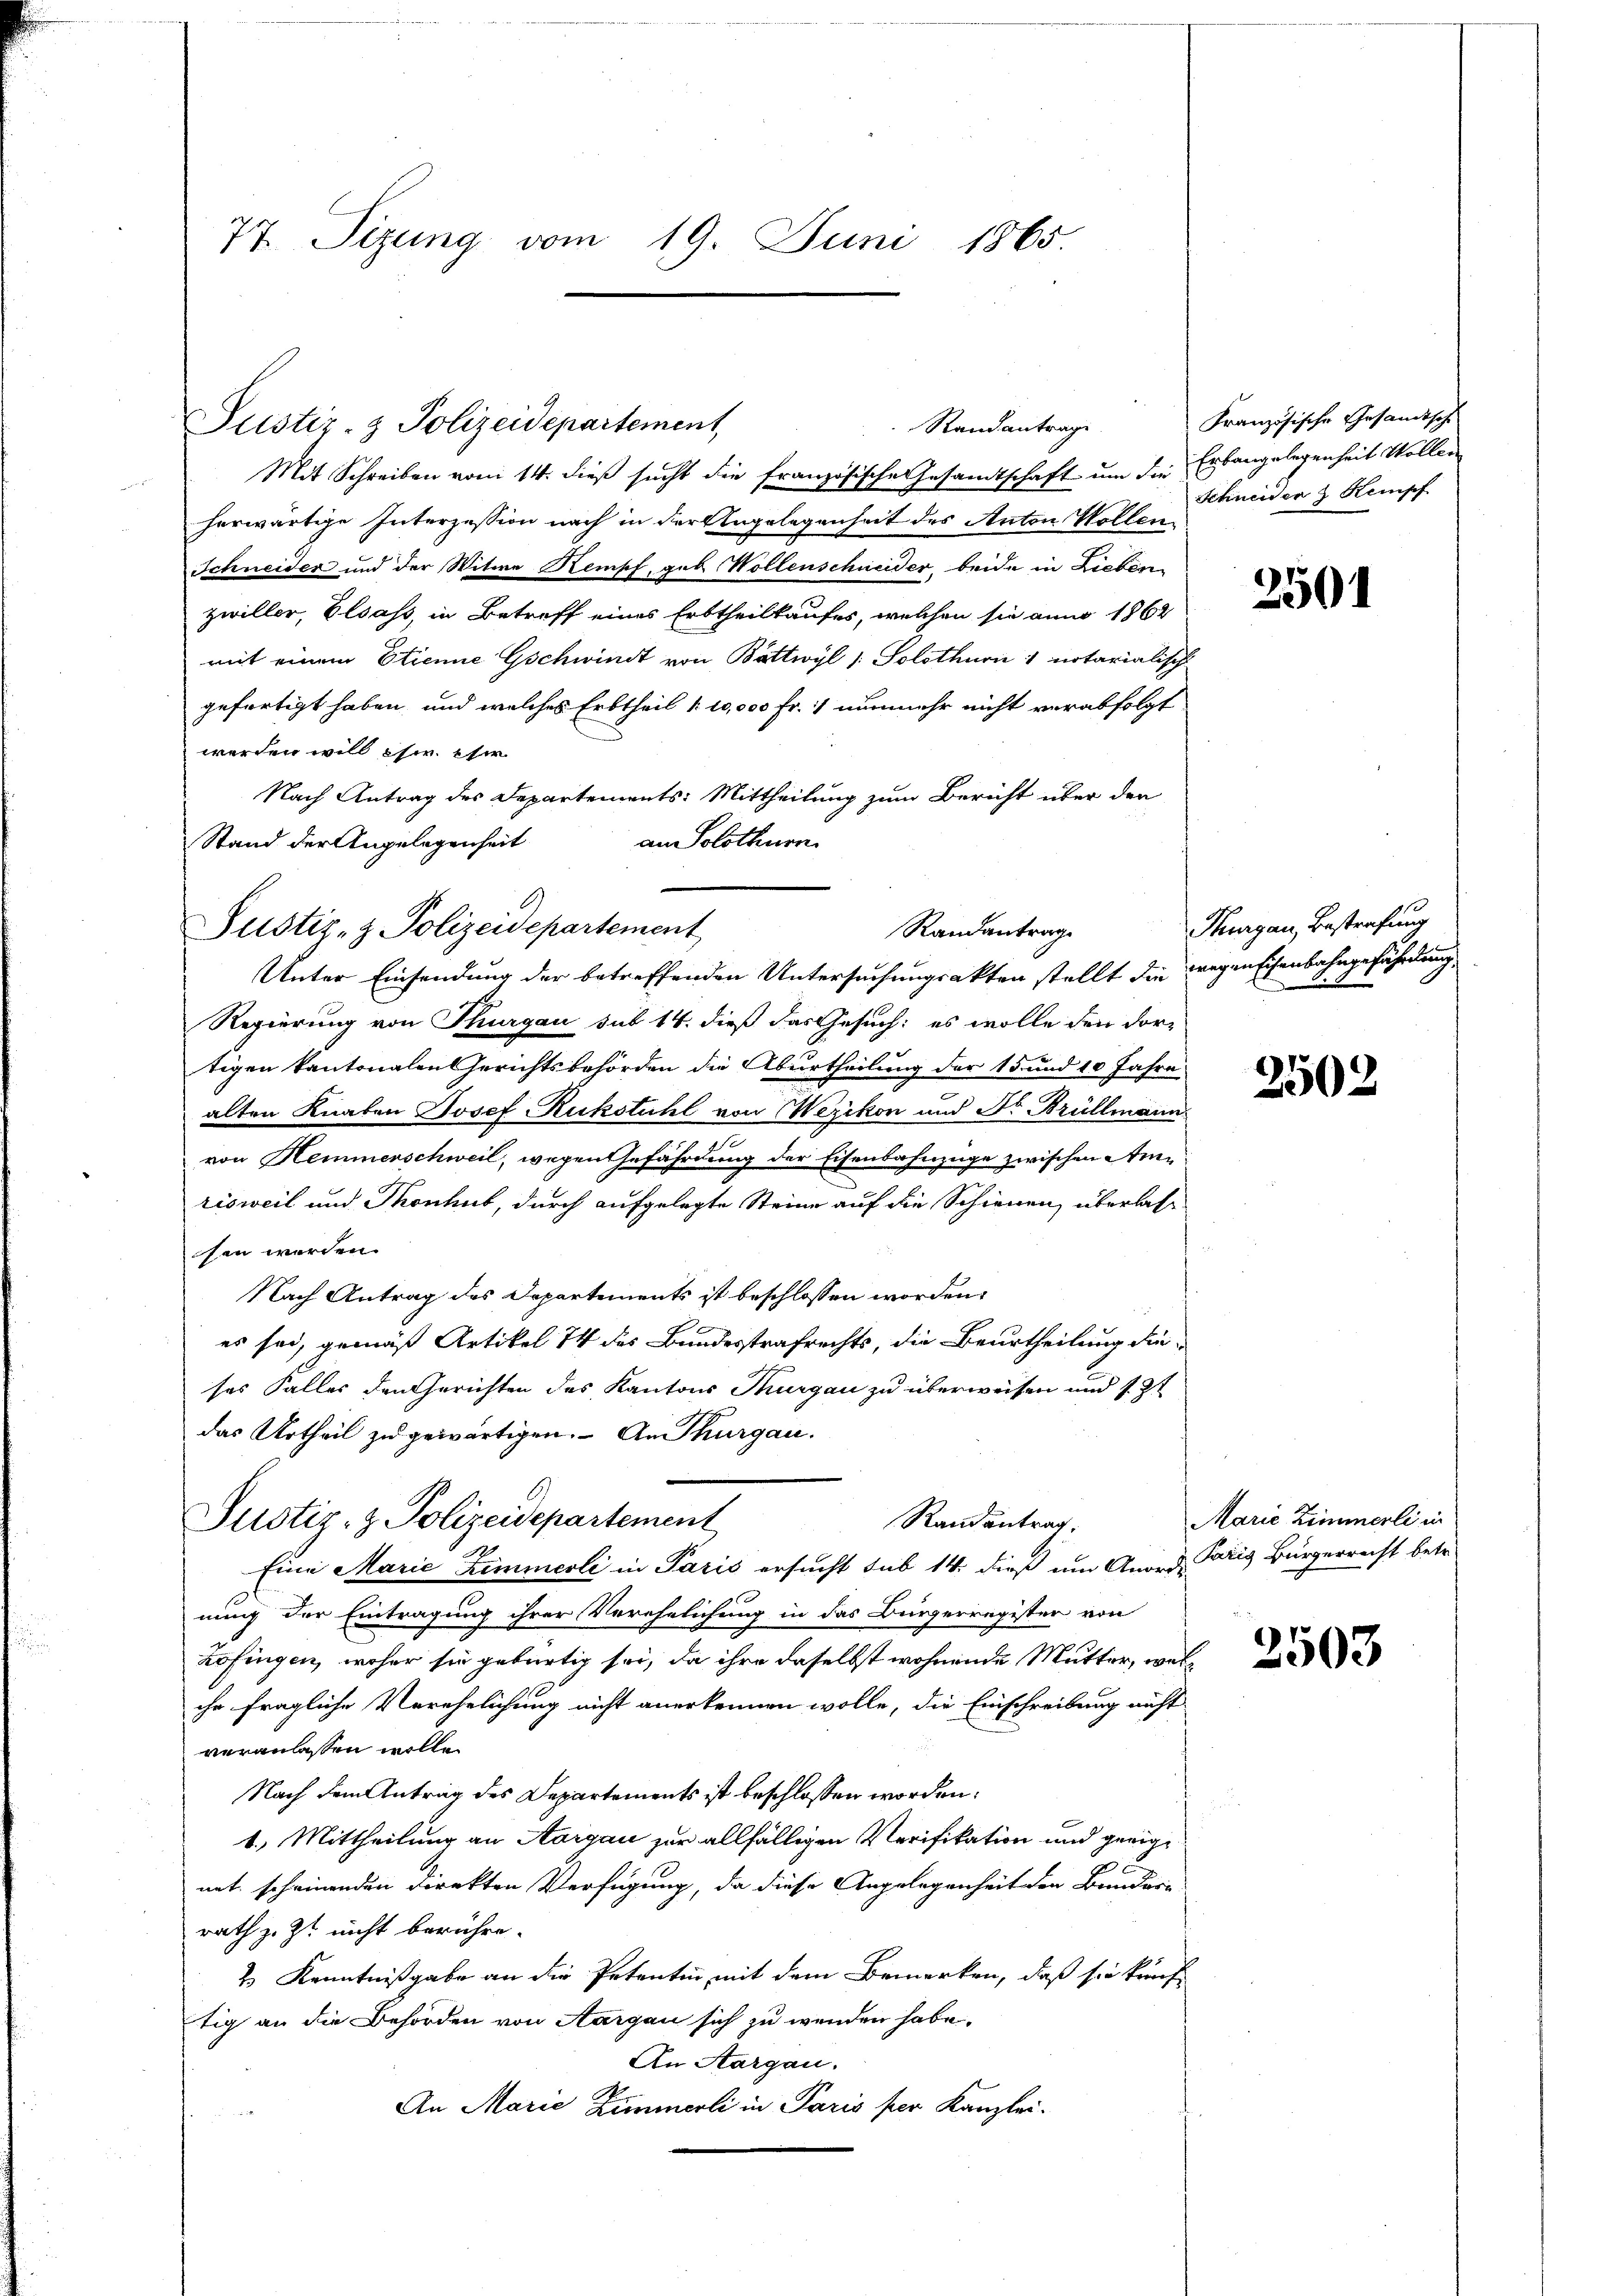
77 Sizung vom 19. Juni 1865.

Justiz- & Polizeidepartement,
Randantrage

Mit Schreiben vom 14. dieß sucht die französische Gesandtschaft um die Erbangelegenheit Vollen
herwärtige Interzession nach in der Angelegenheit des Anton Wollen¬
Schneider und der Witwe Kempf, geb. Wollenschneider, beide in Lieben
zwiller, Elsass, in Betreff eines Erbtheiltaufes, welchen sie anno 1862
mit einem Etienne Gschwindt von Bättwyl /: Solothurn 1 notarialisch
gefertigt haben, und welches Erbtheil 1. 10,000 Fr. nunmehr nicht verabfolgt
werden will es ehe
Nach Antrag des Departements-Mittheilung zum Bericht über den
an Solothurn
Stand der Angelegenheit
Regierung von Thurgau sub 14. dieß das Gesuch: es wolle den dortigen kantonalen Gerichtsbehörden die Aburtheilung der 15 und 10 Jahre
alten Knaben Josef Ruckstuhl von Wezikon und Dr Brüllmann
von Hemmenschweil, wegen Gefährdung der Eisenbahnzüge zwischen Amrisweil und Thonhub, durch aufgelegte Steine auf die Schienen überlassen werden.
Nach Antrag des Departements ist beschlossen worden.
es sei, gemäß Artikel 74 des Bundesstrafrechts, die Beurtheilung die-
ses Faller den Gerichten des Kantons Thurgau zu überweisen und 12t
das Urtheil zu gewärtigen. An Thurgau.
Justiz- & Polizeidepartement
Randantrag.
Eine Marie Zimmerli in Paris ersucht sub 14. dieß um Anord, Paris Bürgerrecht betr.
nung der Eintragung ihrer Verehelichung in das Bürgerregister von
Zofingen, woher sie gebürtig sei, da ihre daselbst wohnende Mutter, welihr fragliche Verehelichung nicht anerkennen wolle, die Einschreibung nicht
veranlassen wolle.
Nach dem Antrag des Departements ist beschlossen worden.
1.) Mittheilung an Aargau zur allfälligen Verifikation und geeignat scheinenden Direkten Verfügung, da diese Angelegenheit den Bunder-
rath z. Zt. nicht berühre.
2 Kenntnißgabe an die Petentin mit dem Bemerken, daß sie künf
tig an die Behörden von Aargau sich zu wenden habe.
An Aargau.
An Marie Zimmerli in Paris per Kanzlei-

Justiz- & Polizeidepartement

Randantrag
Unter Einsendung der betreffenden Untersuchungsakten stellt die wegenschenbahngefährden

Französische Gesandtsche
Schneider Stempf

2501

Thurgau, Bestrafung

2502

Marie Zimmerli in

2503